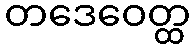
တဒေဝေတ္ထ